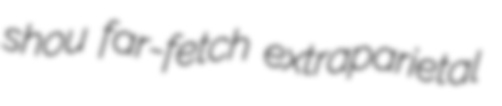
shou far-fetch extraparietal